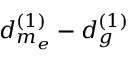
d _ { m _ { e } } ^ { ( 1 ) } - d _ { g } ^ { ( 1 ) }